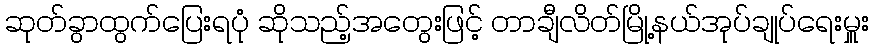
ဆုတ်ခွာထွက်ပြေးရပုံ ဆိုသည့်အတွေးဖြင့် တာချီလိတ်မြို့နယ်အုပ်ချုပ်ရေးမှူး